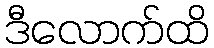
ဒီလောက်ထိ